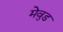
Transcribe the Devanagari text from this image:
मेवुड